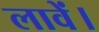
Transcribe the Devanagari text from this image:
लावें।